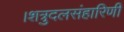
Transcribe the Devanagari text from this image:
।शत्रुदलसंहारिणी